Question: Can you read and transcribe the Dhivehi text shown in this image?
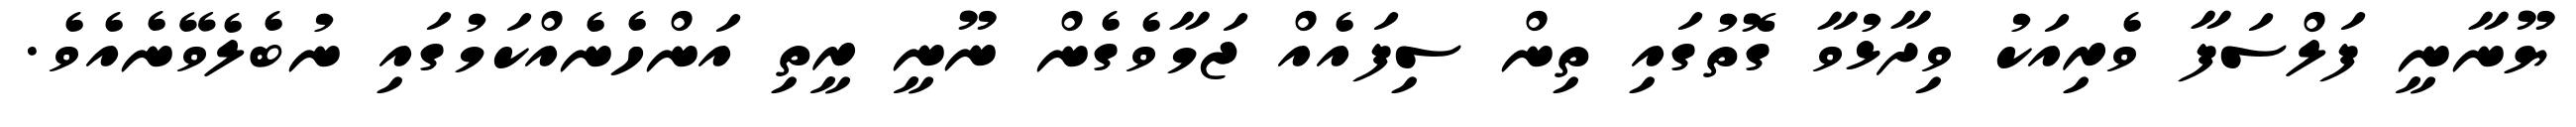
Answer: ޔޫނާނީ ފަލްސަފާ ވެރިއަކު ވިދާޅުވާ ގޮތުގައި ތިން ސިފައެއް ޖަމާވެގެން ނޫނީ ރީތި އަންހެނެއްކަމުގައި ނުބެލެވޭނެއެވެ.